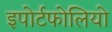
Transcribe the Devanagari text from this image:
इपोर्टफोलियो